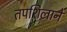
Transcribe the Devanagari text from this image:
तपशिलाने